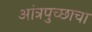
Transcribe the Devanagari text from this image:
आंत्रपुच्छाचा